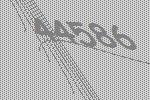
44586